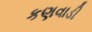
કણવાડી